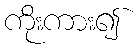
ကိုးကား၍